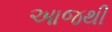
આજથી